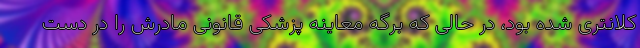
کلانتری شده بود، در حالی که برگه معاینه پزشکی قانونی مادرش را در دست